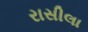
રાસીલા